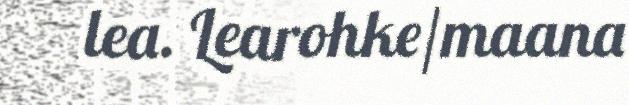
lea. Learohke/maana